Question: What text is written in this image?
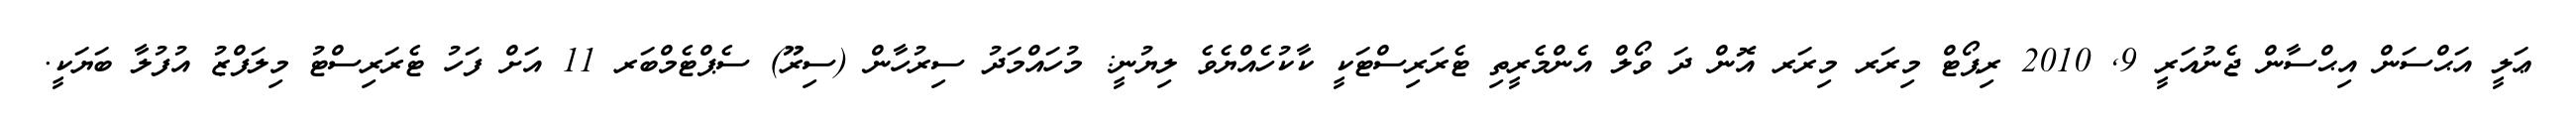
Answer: ޢަލީ އަޙްސަން އިޙްސާން ޖެނުއަރީ 9, 2010 ރިޕޯޓް މިރަރ މިރަރ އޮން ދަ ވޯލް އެންމެރީތި ޓެރަރިސްޓަކީ ކާކުހެއްޔެވެ ލިޔުނީ: މުހައްމަދު ސިރުހާން (ސިރޫ) ސެޕްޓެމްބަރ 11 އަށް ފަހު ޓެރަރިސްޓު މިލަފްޒު އުފުލާ ބަޔަކީ.